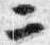
二